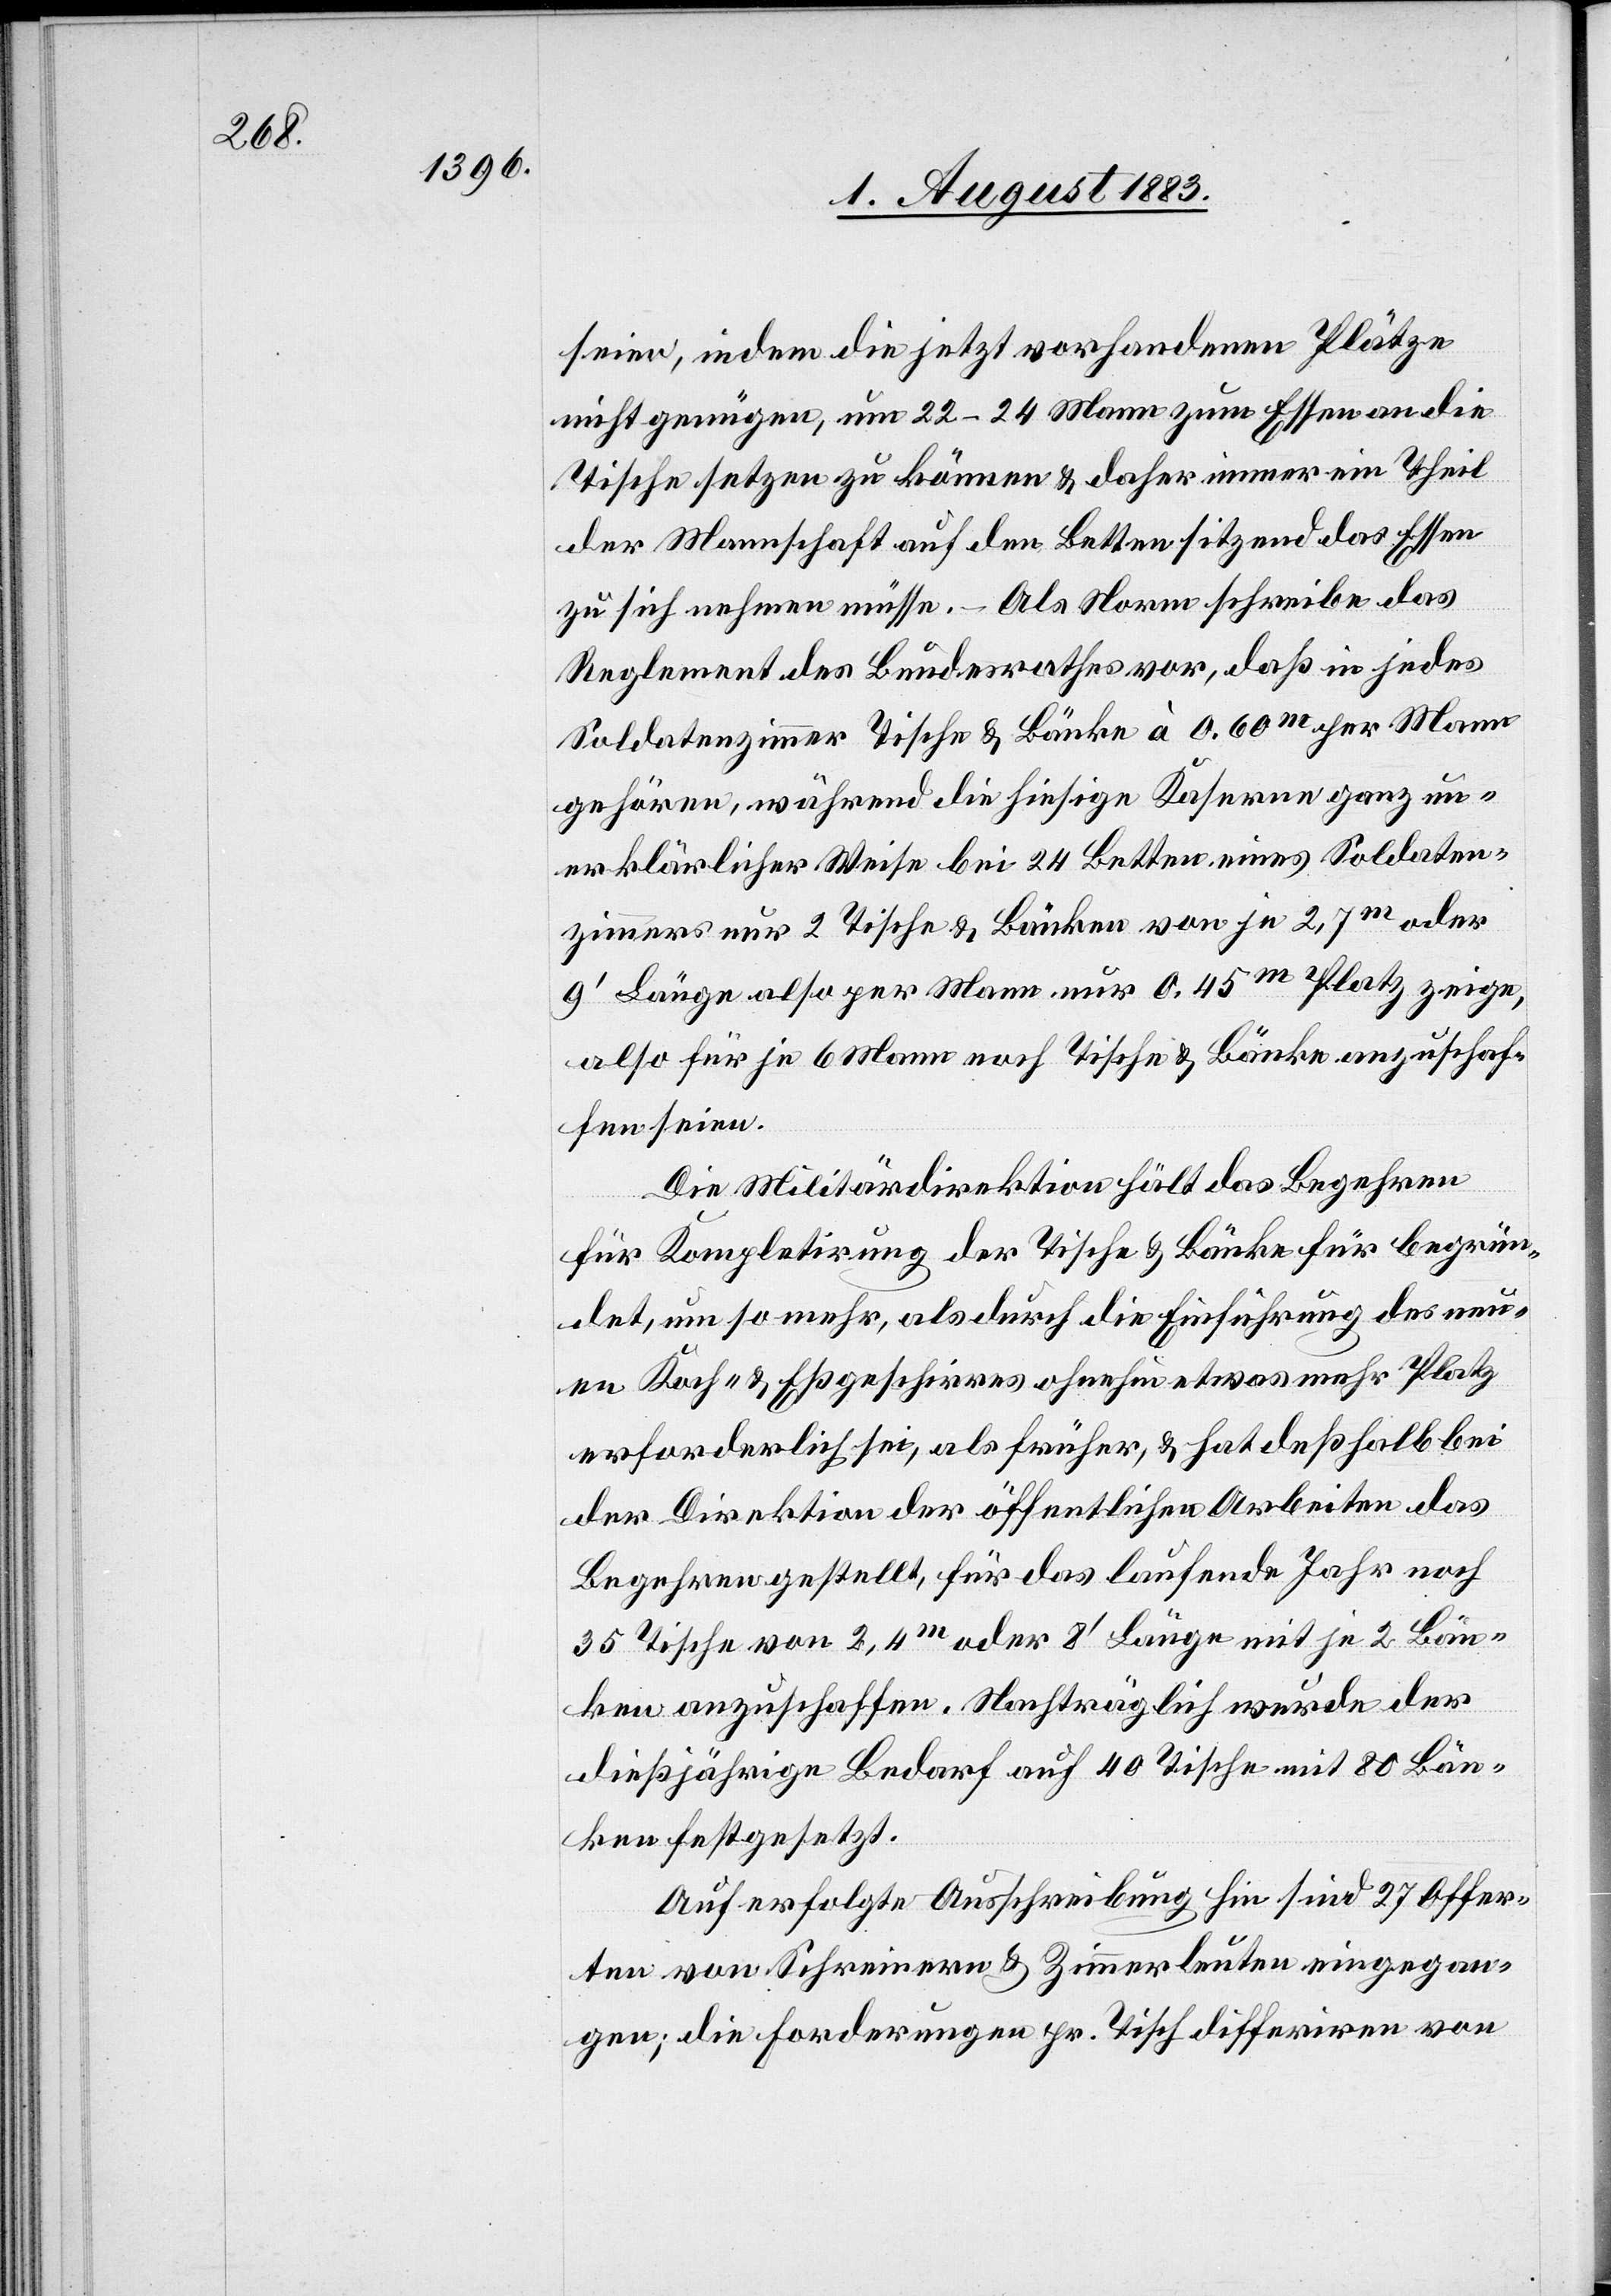
seien, indem die jetzt vorhandenen Plätze
nicht genügen, um 22–24 Mann zum Essen an die
Tische setzen zu können & daher immer ein Theil
der Mannschaft auf den Betten sitzend das Essen
zu sich nehmen müsse. – Als Norm schreibe das
Reglement des Bundesrathes vor, daß in jedes
Soldatenzimmer Tische & Bänke à 0.60m per Mann
gehören, während die hiesige Kaserne ganz un¬
erklärlicher Weise bei 24 Betten eines Soldaten¬
zimmers nur 2 Tische & Bänke von je 2,7m oder
9’ Länge also per Mann nur 0.45m Platz zeige,
also für je 6 Mann noch Tische & Bänke anzuschaf¬
fen seien.
Die Militärdirektion hält das Begehren
für Kompletirung der Tische & Bänke für begrün¬
det, um so mehr, als durch die Einführung des neu¬
en Koch- & Eßgeschirres ohnehin etwas mehr Platz
erforderlich sei, als früher, & hat deßhalb bei
der Direktion der öffentlichen Arbeiten das
Begehren gestellt, für das laufende Jahr noch
35 Tische von 2,4m oder 8’ Länge mit je 2 Bän¬
ken anzuschaffen. Nachträglich wurde der
dießjährige Bedarf auf 40 Tische mit 80 Bän¬
ken festgesetzt.
Auf erfolgte Ausschreibung hin sind 27 Offer¬
ten von Schreinern & Zimmerleuten eingegan¬
gen; die Forderungen pr. Tisch differiren von